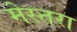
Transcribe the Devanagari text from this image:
मेस्तरा